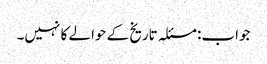
جواب: مسئلہ تاریخ کے حوالے کا نہیں۔